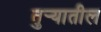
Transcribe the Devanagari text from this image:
तुर्‍यातील